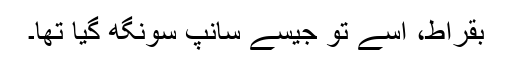
بقراط، اسے تو جیسے سانپ سونگھ گیا تھا۔